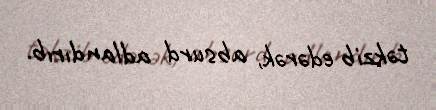
təkzib edərək, absurd adlandırıb.